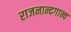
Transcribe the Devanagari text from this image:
राजनान्दगान्व